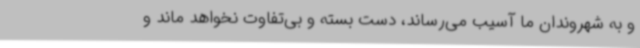
و به شهروندان ما آسیب می‌رساند، دست بسته و بی‌تفاوت نخواهد ماند و